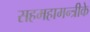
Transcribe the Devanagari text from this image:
सहमहामन्त्रीके